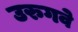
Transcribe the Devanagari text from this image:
उरुगवे